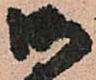
御